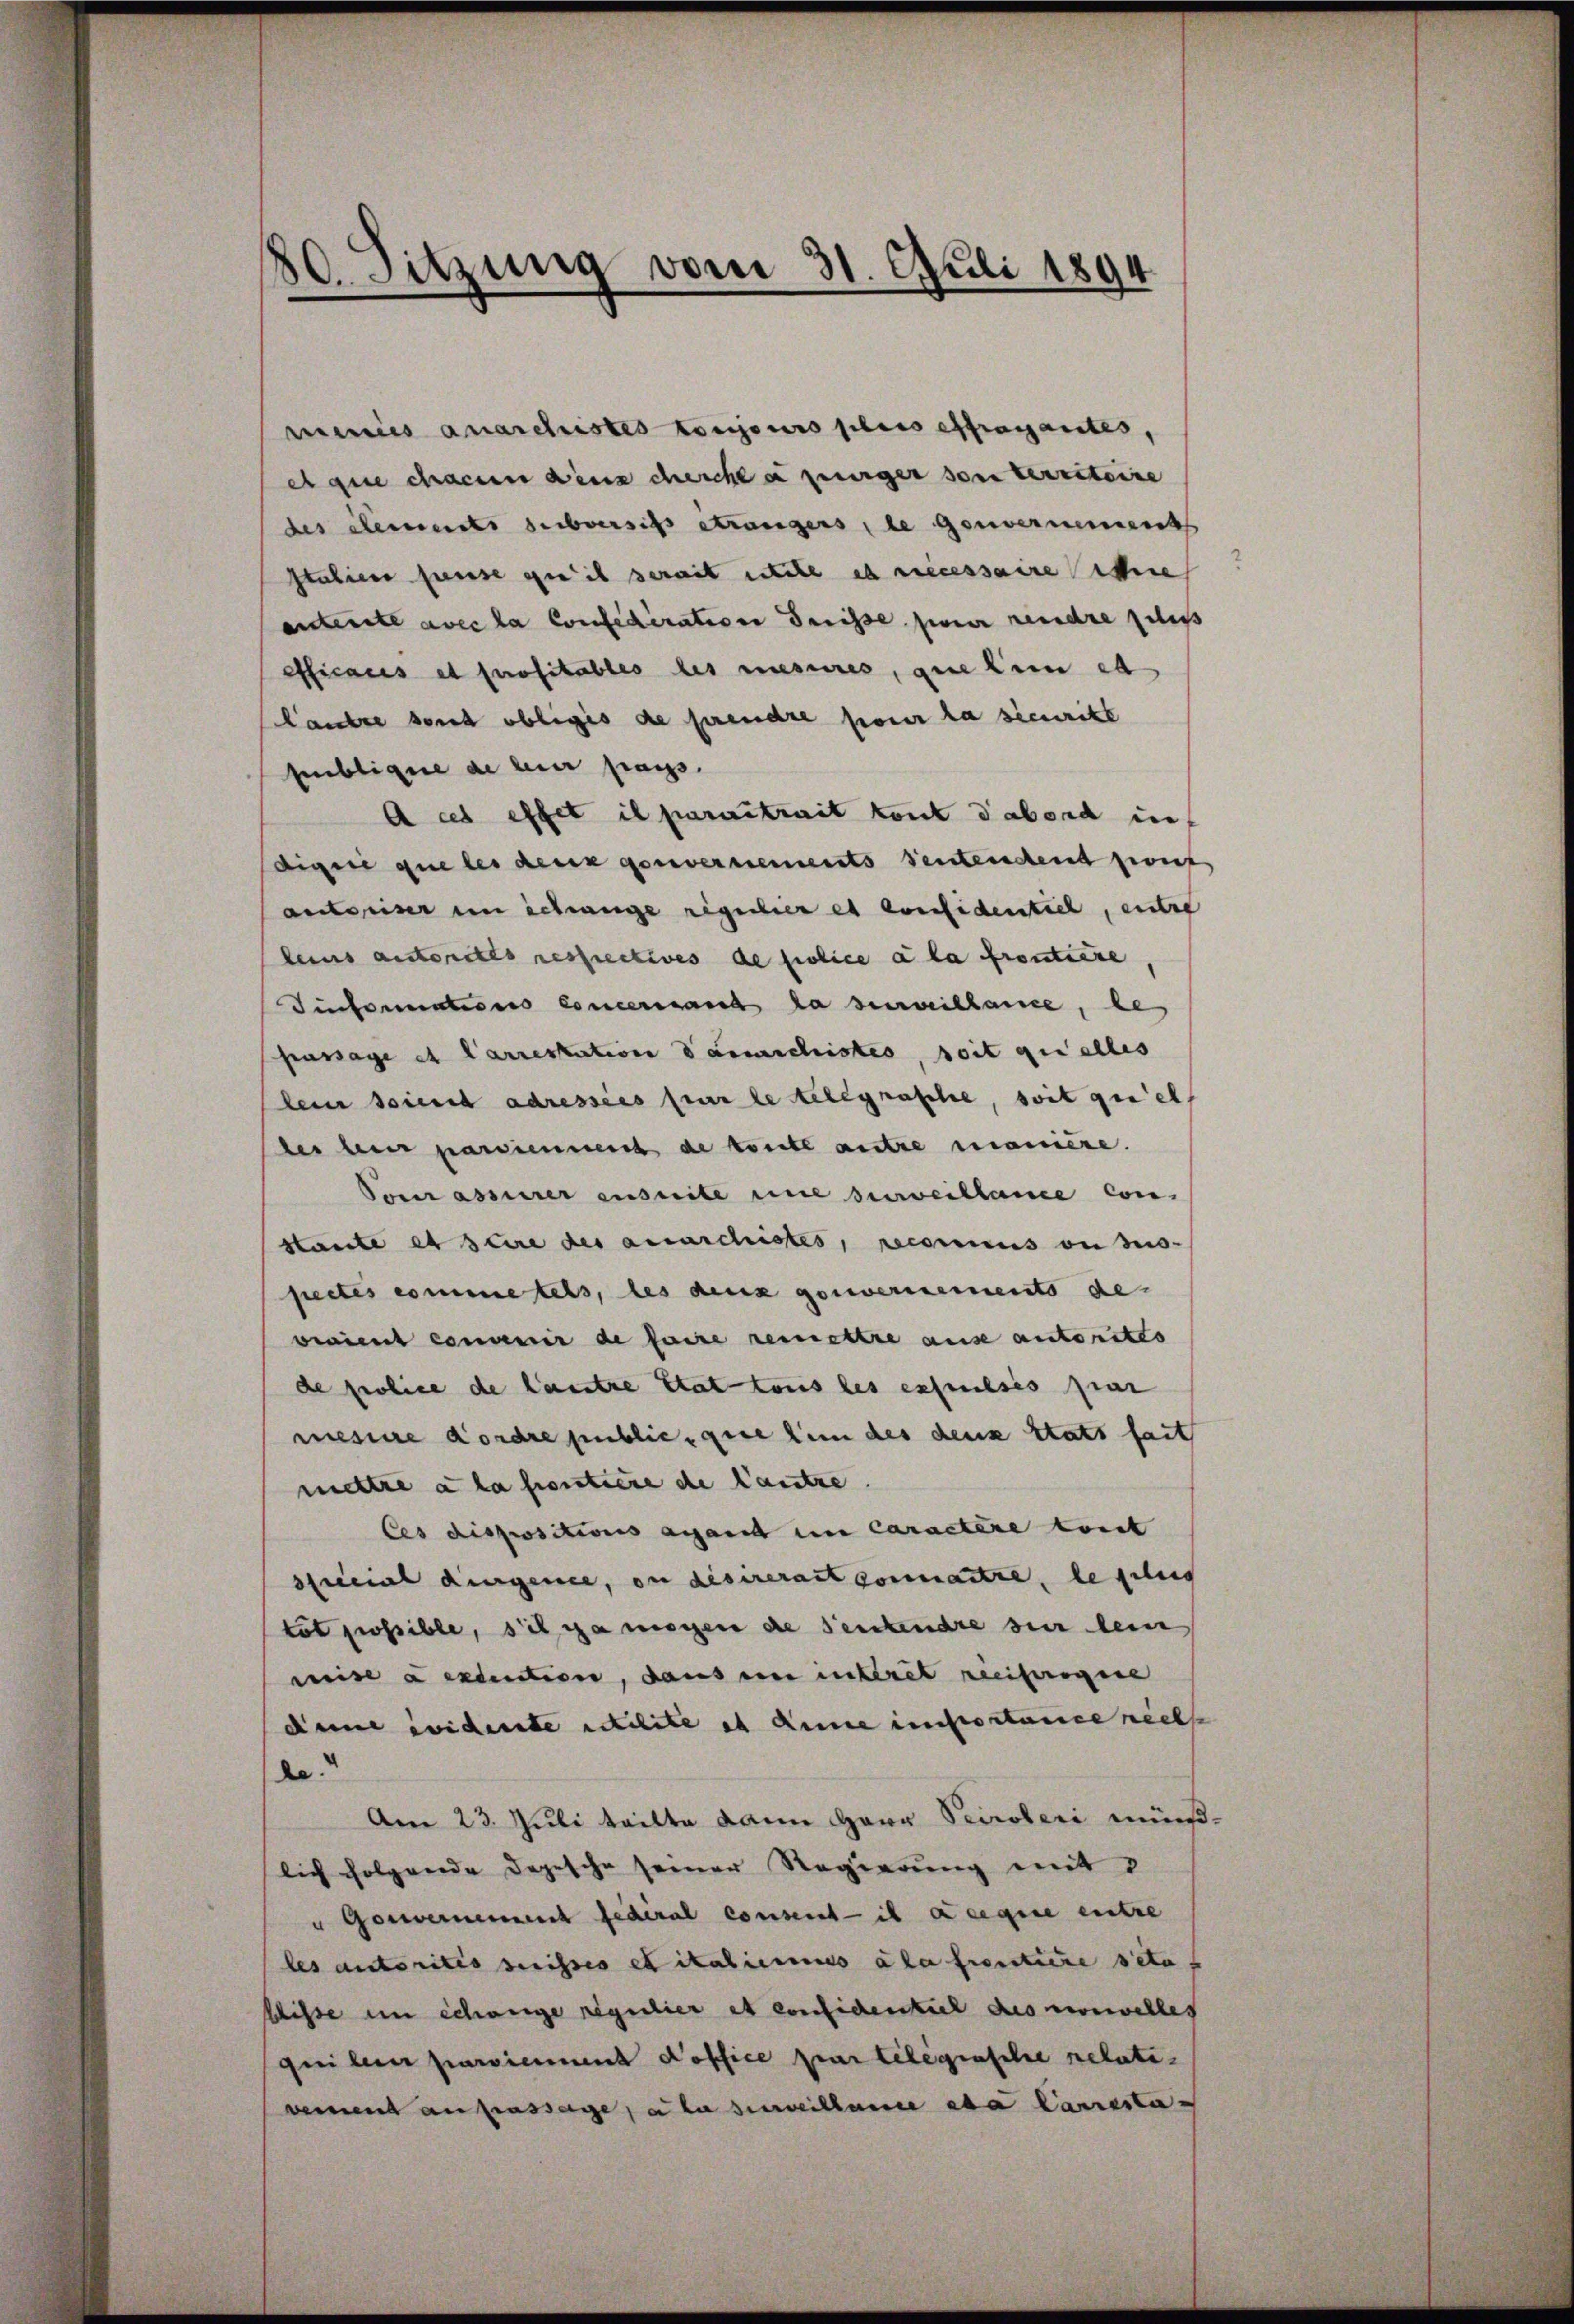
¬
80. Sitzung vom 31. Juli 1894

menies anarchistes toujours pris effrarantes,
e que chacun denscherche a purger son territoire
des derseits selbersis etwaigers, le Gouvernement
Italien preuse qu’il serait stehe es necessaire siche
anterite avec la Confederation dreisse jener rendre geles
officaris et profitables des mesures, que lein et
landre sont obliges de prendre pour la sicuritte
bbligere de hier pass.
A cet effet il paraitrait tout dabord in
diger que les der gouvernements deutenden zweif
autoriser in schrange regulier es konfidentiel, unter
leins anstorstes respectives de police a la routiere
Tinformations Concessant la surveillance, bes
passage et Carrestation denschristes, soit quelles
lein soient adressées par le telegraphe, soit quel
des leur partienmens de toute antre manière.
Sonzessurer ensuite une surveillance con
stante et saire des anarchstes, reconnus on des-
fectés comme tels, les deux gouvernements de
vraient convenir de faire remettre ause autorites
de police de lautre état tous les expreses par
mesiere Kordre public, gute sie des deux statt fait
mettre à la fontiere de Cantze.
Ces dispositions anfant in Caractere tout
sficial durgence, ou disirerart connaitre, le plus
tot possible, sich ja mögen die Sentendre sur lein
weise a excention, dans ein unteres reiferigene
deme widerte erschite ich anne importance nechse
de
Am 23. Juli teilte dann Herr Secroberi münlich folgende Depesche seiner Regierung mit
" Gemeinen fidéral consent il acegie entre
les autoritis suisses et italicimus ala freutiere seta
shisse im Schange regulier et considentiel des vorwelles
qui leur parviennen Koffice par telegrasche relativemend anpassage, a la surveillane eta Caresta¬